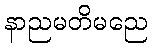
နာညမတိမညေ